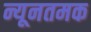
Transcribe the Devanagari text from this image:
न्यूनतमक